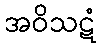
အဝိသဋံ